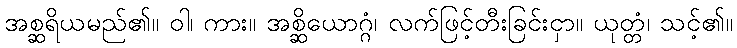
အစ္ဆရိယမည်၏။ ဝါ၊ ကား။ အစ္ဆိယောဂ္ဂံ၊ လက်ဖြင့်တီးခြင်းငှာ။ ယုတ္တံ၊ သင့်၏။